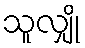
သူလျှို